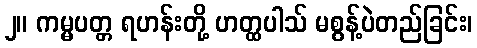
၂။ ကမ္မပတ္တ ရဟန်းတို့ ဟတ္ထပါသ် မစွန့်ပဲတည်ခြင်း၊